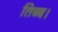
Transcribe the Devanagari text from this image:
तिब्ब।